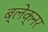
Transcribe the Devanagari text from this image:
ब्लेक्नर